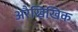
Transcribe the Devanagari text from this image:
अरैखिखिक